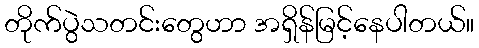
တိုက်ပွဲသတင်းတွေဟာ အရှိန်မြင့်နေပါတယ်။